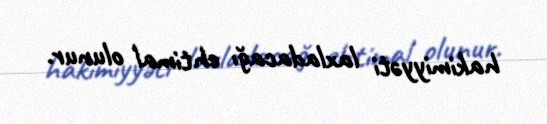
hakimiyyəti laxladacağı ehtimal olunur.